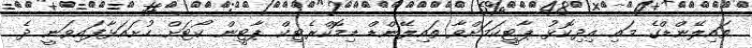
ތައިލޭންޑްގެ މައި އިދިކޮޅު ޕާޓީކަމަށްވާ ތައިލޭންޑް ޑިމޮކްރެޓިކް ޕާޓީން ކޯޓަށް ހުށައަޅާފައިވަނީ ދެ